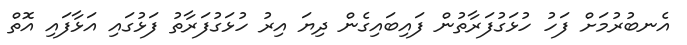
އެނބުރުމަށް ފަހު ހުޅަގުފަރާތުން ފައިބައިގެން ދިޔަ އިރު ހުޅަގުފަރާތު ފަޅުގައި އަޅާފައި އޮތް